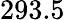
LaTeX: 293.5